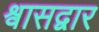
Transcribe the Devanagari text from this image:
श्वासद्वार